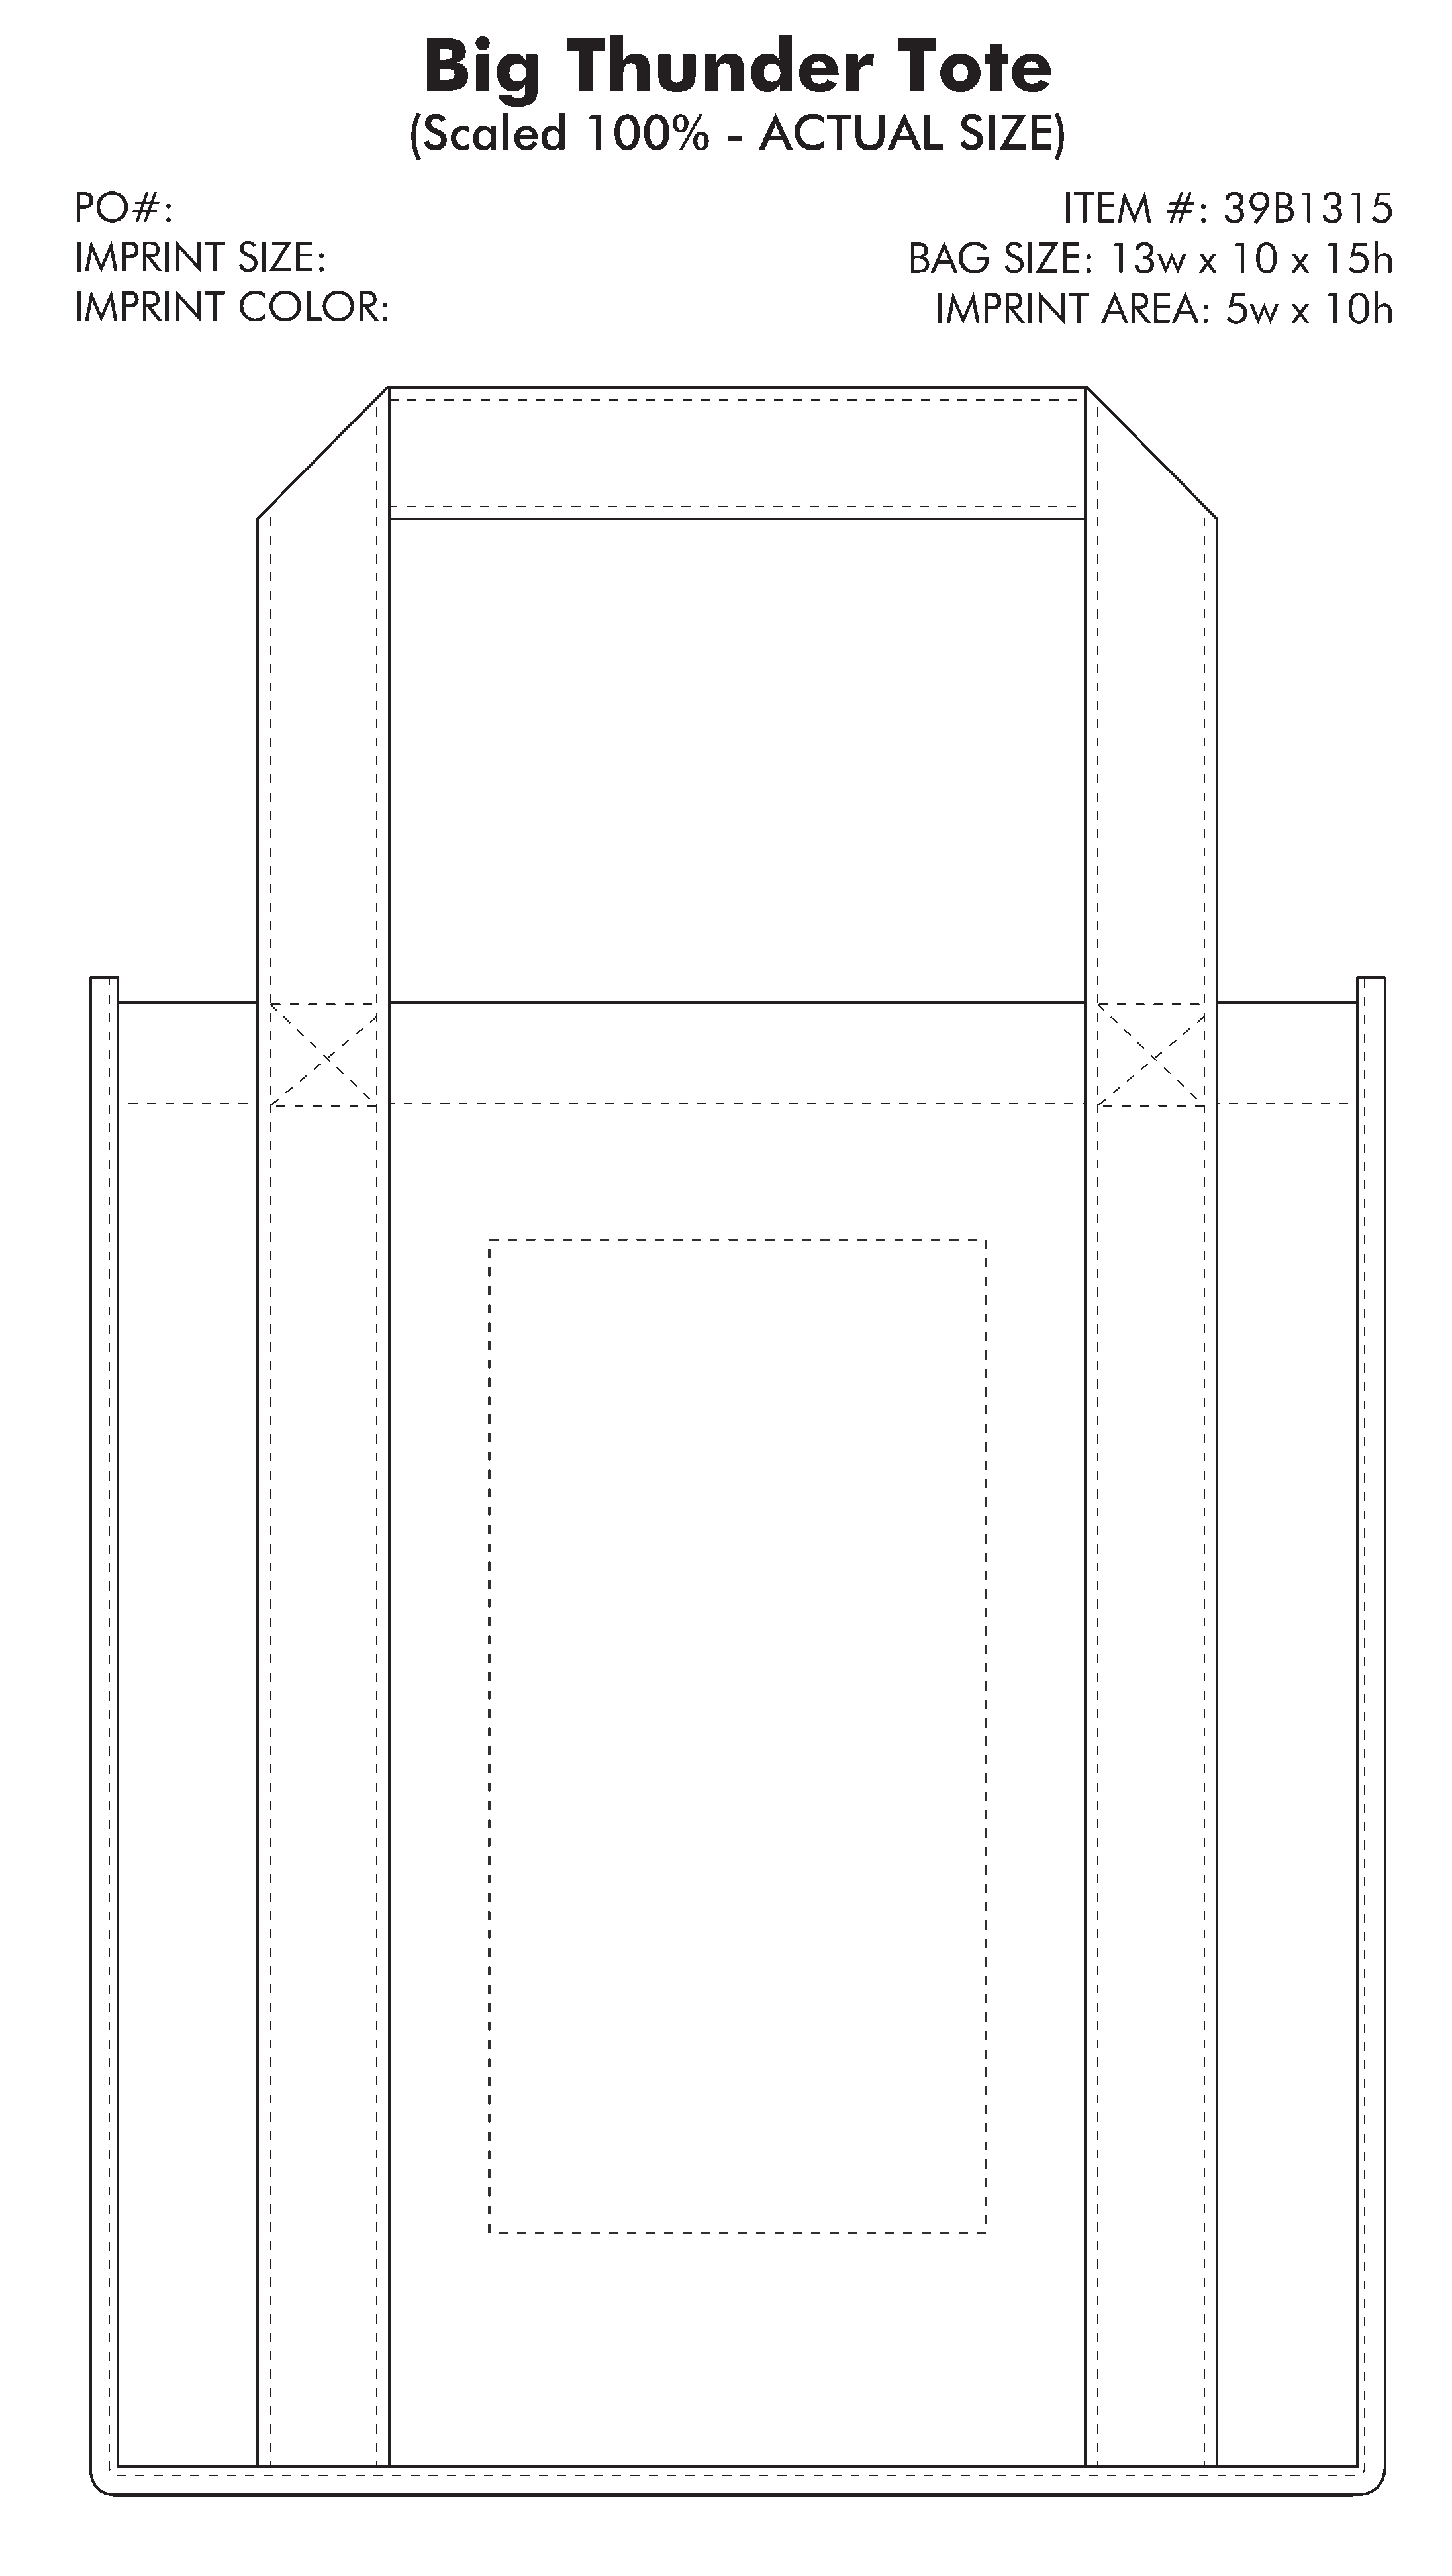
Big            Thunder                          Tote
 (Scaled          100%          -   ACTUAL              SIZE)
 PO#:                                                                                               ITEM      #:    39B1315
 IMPRINT          SIZE:                                                              BAG      SIZE:      13w      x  10    x  15h
 IMPRINT          COLOR:                                                               IMPRINT          AREA:       5w     x  10h